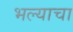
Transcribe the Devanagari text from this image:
भल्याचा